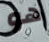
هو